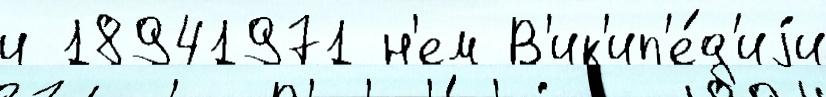
и 18941971 н'ем В'ик'ип'е́д'иjи